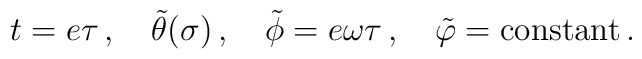
t=e \tau\,,\quad \tilde{\theta}(\sigma)\,,\quad\tilde{\phi}= e \omega \tau\,,\quad \tilde{\varphi}={\rm constant}\,.